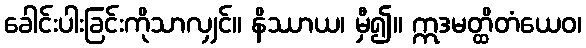
ခေါင်းပါးခြင်းကိုသာလျှင်။ နိဿာယ၊ မှီ၍။ ဣဒမတ္ထိတံယေဝ၊